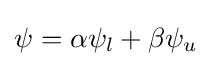
\psi =\alpha \psi _{l}+\beta \psi _{u}